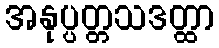
အနုပ္ပတ္တသဒတ္ထာ